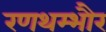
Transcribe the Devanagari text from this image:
रणथम्‍भौर